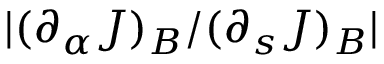
| ( \partial _ { \alpha } J ) _ { B } / ( \partial _ { s } J ) _ { B } |